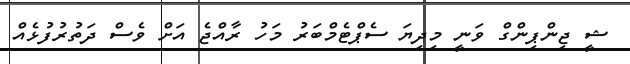
ޝީ ޖިންޕިންގް ވަނީ މިދިޔަ ސެޕްޓެމްބަރު މަހު ރާއްޖެ އަށް ވެސް ދަތުރުފުޅެއް